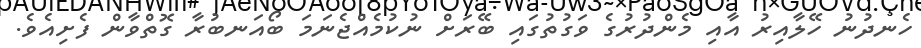
ހެނދުނު ހޭލާއިރު އާއި މެންދުރުގެ ވަގުތުގައި ބޭރަށް ނުކުމެއްޖެނަމަ ބޯއަނބުރާ ގޮތްވާން ފެށިއެވެ.